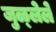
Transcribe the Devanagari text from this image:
जुळ्लेले